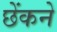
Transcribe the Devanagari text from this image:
छेंकने